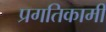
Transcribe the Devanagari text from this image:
प्रगतिकामी